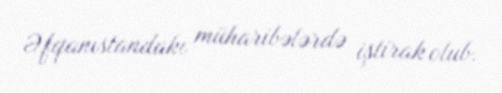
Əfqanıstandakı müharibələrdə iştirak olub.